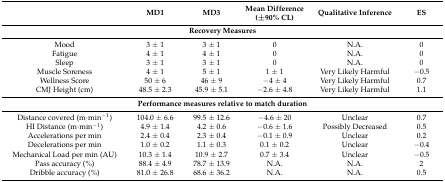
<table><thead><tr><td></td><td><b>MD1</b></td><td><b>MD3</b></td><td><b>Mean Difference (±90% CL)</b></td><td><b>Qualitative Inference</b></td><td><b>ES</b></td></tr></thead><tbody><tr><td colspan="6"><b>Recovery Measures</b></td></tr><tr><td>Mood</td><td>3 ± 1</td><td>3 ± 1</td><td>0</td><td>N.A.</td><td>0</td></tr><tr><td>Fatigue</td><td>4 ± 1</td><td>4 ± 1</td><td>0</td><td>N.A.</td><td>0</td></tr><tr><td>Sleep</td><td>3 ± 1</td><td>3 ± 1</td><td>0</td><td>N.A.</td><td>0</td></tr><tr><td>Muscle Soreness</td><td>4 ± 1</td><td>5 ± 1</td><td>1 ± 1</td><td>Very Likely Harmful</td><td>−0.5</td></tr><tr><td>Wellness Score</td><td>50 ± 6</td><td>46 ± 9</td><td>−4 ± 4</td><td>Very Likely Harmful</td><td>0.7</td></tr><tr><td>CMJ Height (cm)</td><td>48.5 ± 2.3</td><td>45.9 ± 5.1</td><td>−2.6 ± 4.8</td><td>Very Likely Harmful</td><td>1.1</td></tr><tr><td colspan="6"><b>Performance measures relative to match duration</b></td></tr><tr><td>Distance covered (m·min<sup>−1</sup>)</td><td>104.0 ± 6.6</td><td>99.5 ± 12.6</td><td>−4.6 ± 20</td><td>Unclear</td><td>0.7</td></tr><tr><td>HI Distance (m·min<sup>−1</sup>)</td><td>4.9 ± 1.4</td><td>4.2 ± 0.6</td><td>−0.6 ± 1.6</td><td>Possibly Decreased</td><td>0.5</td></tr><tr><td>Accelerations per min</td><td>2.4 ± 0.4</td><td>2.3 ± 0.4</td><td>−0.1 ± 0.9</td><td>Unclear</td><td>0.2</td></tr><tr><td>Decelerations per min</td><td>1.0 ± 0.2</td><td>1.1 ± 0.3</td><td>0.1 ± 0.2</td><td>Unclear</td><td>−0.4</td></tr><tr><td>Mechanical Load per min (AU)</td><td>10.3 ± 1.4</td><td>10.9 ± 2.7</td><td>0.7 ± 3.4</td><td>Unclear</td><td>−0.5</td></tr><tr><td>Pass accuracy (%)</td><td>88.4 ± 4.9</td><td>78.7 ± 13.9</td><td>N.A.</td><td>N.A.</td><td>2</td></tr><tr><td>Dribble accuracy (%)</td><td>81.0 ± 26.8</td><td>68.6 ± 36.2</td><td>N.A.</td><td>N.A.</td><td>0.5</td></tr></tbody></table>